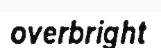
overbright